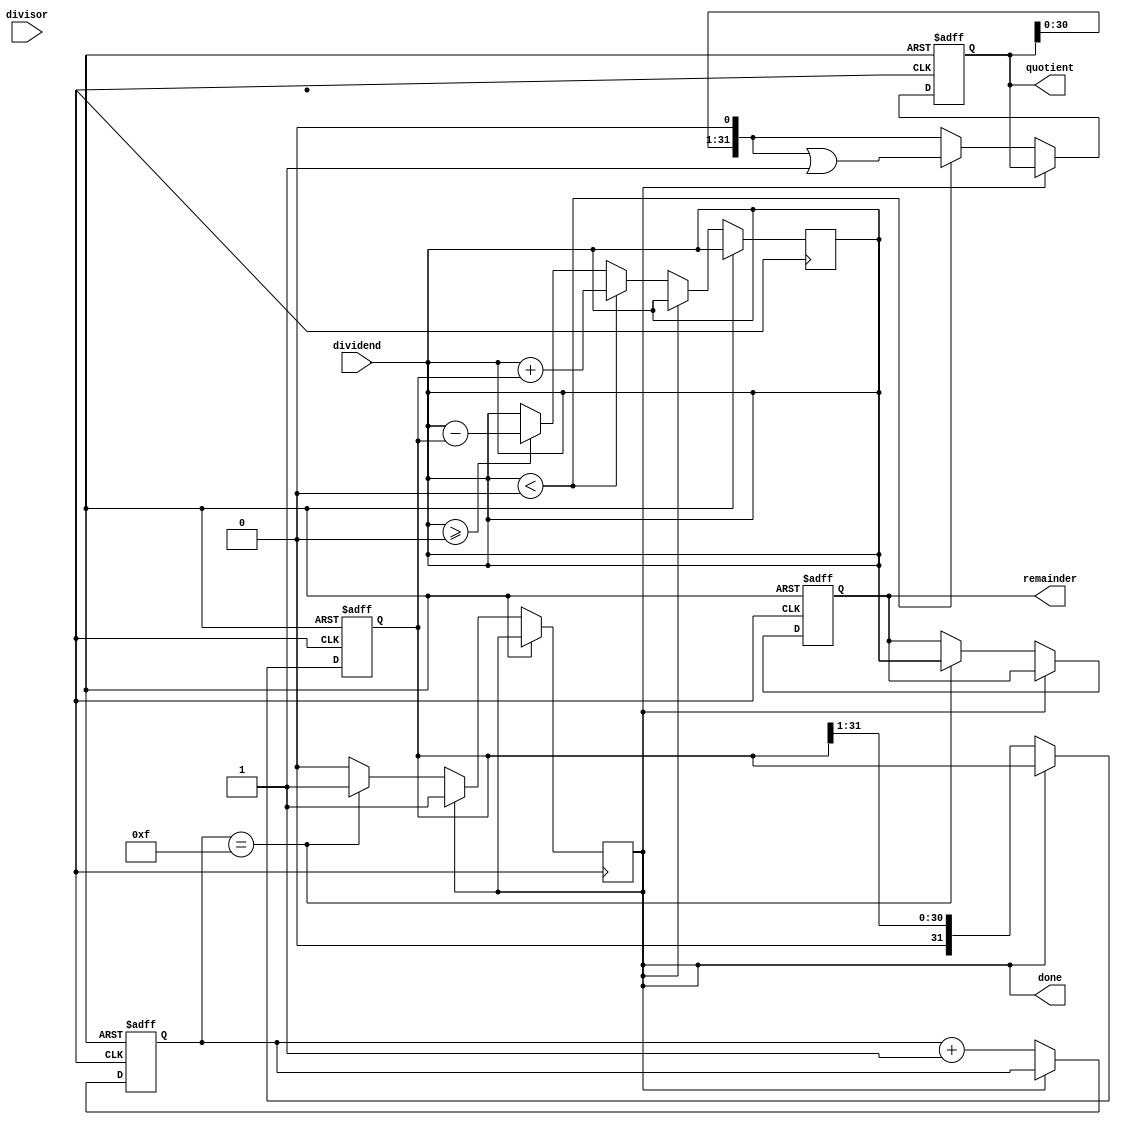
module NonRestoringDivider (
  input wire [31:0] dividend,
  input wire [31:0] divisor,
  output reg [31:0] quotient,
  output reg [31:0] remainder,
  output reg done
);

reg [31:0] divisor_reg;
reg [31:0] quotient_reg;
reg [31:0] remainder_reg;
reg [3:0] count;

always @ (posedge clk or posedge rst) begin
  if (rst) begin
    divisor_reg <= 0;
    quotient_reg <= 0;
    remainder_reg <= 0;
    count <= 0;
  end else begin
    if (!done) begin
      if (dividend >= 0) begin
        dividend <= dividend - divisor_reg;
      end
      if (dividend < 0) begin
        dividend <= dividend + divisor_reg;
      end
      
      if (dividend < 0) begin
        quotient_reg <= (quotient_reg << 1) | 1;
        dividend <= dividend + divisor_reg;
      end else begin
        quotient_reg <= quotient_reg << 1;
      end
      
      divisor_reg <= divisor_reg >> 1;
      
      if (count == 15) begin
        remainder_reg <= dividend;
        done <= 1;
      end
      count <= count + 1;
    end
  end
end

assign quotient = quotient_reg;
assign remainder = remainder_reg;

endmodule